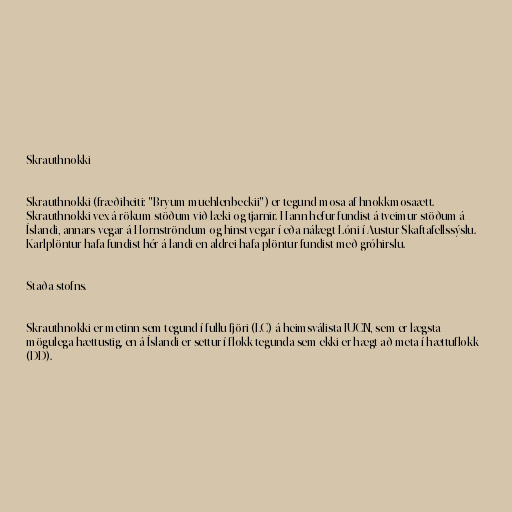
Skrauthnokki

Skrauthnokki (fræðiheiti: "Bryum muehlenbeckii") er tegund mosa af hnokkmosaætt.
Skrauthnokki vex á rökum stöðum við læki og tjarnir. Hann hefur fundist á tveimur stöðum á
Íslandi, annars vegar á Hornströndum og hinst vegar í eða nálægt Lóni í Austur-Skaftafellssýslu.
Karlplöntur hafa fundist hér á landi en aldrei hafa plöntur fundist með gróhirslu.

Staða stofns.

Skrauthnokki er metinn sem tegund í fullu fjöri (LC) á heimsválista IUCN, sem er lægsta
mögulega hættustig, en á Íslandi er settur í flokk tegunda sem ekki er hægt að meta í hættuflokk
(DD).